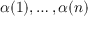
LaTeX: \alpha ( 1 ) , \dots , \alpha ( n )